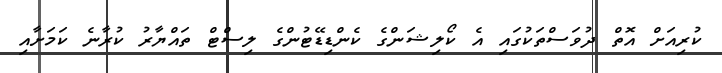
ކުރިއަށް އޮތް ދުވަސްތަކުގައި އެ ކޯލިޝަންގެ ކެންޑިޑޭޓުންގެ ލިސްޓް ތައްޔާރު ކުރާނެ ކަމަށާއި